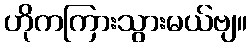
ဟိုကကြားသွားမယ်ဗျ။